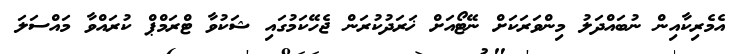
އެމެރިކާއިން ނުބައްދަލު މިންވަރަކަށް ނޭޓޯއަށް ޚަރަދުކުރަން ޖެހޭކަމުގައި ޝަކުވާ ޓްރަމްޕް ކުރައްވާ މައްސަލަ